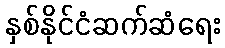
နှစ်နိုင်ငံဆက်ဆံရေး